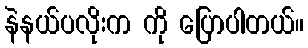
နဲနယ်ပလိုးက ကို ပြောပါတယ်။